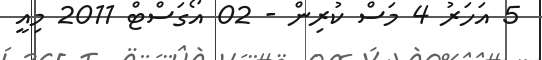
5 އަހަރު 4 މަސް ކުރިން - 02 އޯގަސްޓް 2011 މިއީ